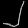
Digit: ၂